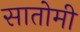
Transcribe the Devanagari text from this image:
सातोमी